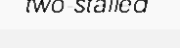
two-stalled